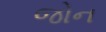
જોન